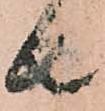
者